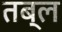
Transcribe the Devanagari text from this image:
तब्ल